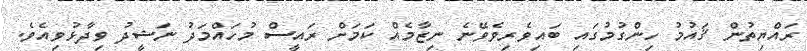
ރައްޔިތުން ޤައުމު ހިންގުމުގައި ބައިވެރިވެވޭނެ ނިޒާމެއް ކަމަށް ރައީސް މުހައްމަދު ނަޝީދު ވިދާޅުވިއެވެ.